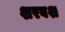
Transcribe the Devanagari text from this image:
शरबश